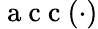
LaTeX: \mathrm{~a~c~c~}(\cdot)